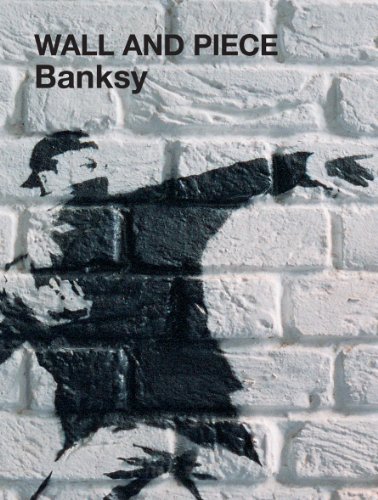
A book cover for Wall and Piece; Banksy; Humor & Entertainment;